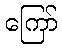
ကြော်